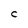
Character: C